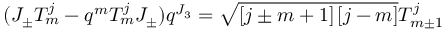
( J _ { \pm } T _ { m } ^ { j } - q ^ { m } T _ { m } ^ { j } J _ { \pm } ) q ^ { J _ { 3 } } = \sqrt { \left[ j \pm m + 1 \right] \left[ j - m \right] } T _ { m \pm 1 } ^ { j }